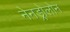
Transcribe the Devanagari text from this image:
नेनड्रोलोन